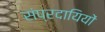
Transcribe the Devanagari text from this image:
संप्रदायियों